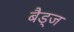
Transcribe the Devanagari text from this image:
बैड्ज